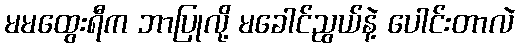
မမထွေးရီက ဘာပြုလို့ မခေါင်ညွယ်နဲ့ ပေါင်းတာလဲ